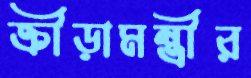
ক্রীড়ামন্ত্রীর